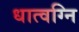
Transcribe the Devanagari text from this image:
धात्वग्नि